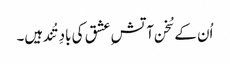
اُن کے سُخن آتشِ عشق کی بادِ تُند ہیں۔